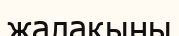
жалақыны